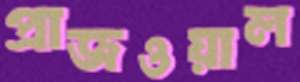
প্রাজওয়াল